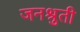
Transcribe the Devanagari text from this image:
जनश्रुती